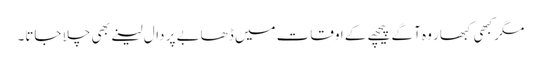
مگر کبھی کبھار وہ آگے پیچھے کے اوقات میں ڈھابے پر دال لینے بھی چلا جاتا۔